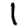
Digit: 1